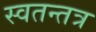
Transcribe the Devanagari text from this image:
स्वतन्तत्र